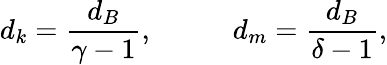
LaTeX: d_{k}=\frac{d_{B}}{\gamma-1},\; \; \; \; \; \; \; \; \; \; d_{m}=\frac{d_{B}}{\delta-1},